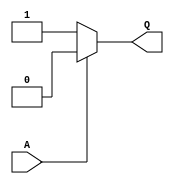

module inv(output Q, input A);
    assign Q = A ? 0 : 1;
endmodule

module buff(output Q, input A);
    assign Q = A;
endmodule

module logic_0(output a);
    assign a = 0;
endmodule

module logic_1(output a);
    assign a = 1;
endmodule

(* blackbox *)
module gclkbuff (input A, output Z);

assign Z = A;

endmodule